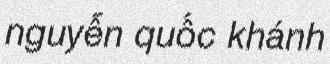
nguyễn quốc khánh